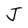
Character: J